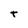
Character: t